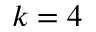
k = 4